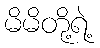
မိမိတို့ရဲ့